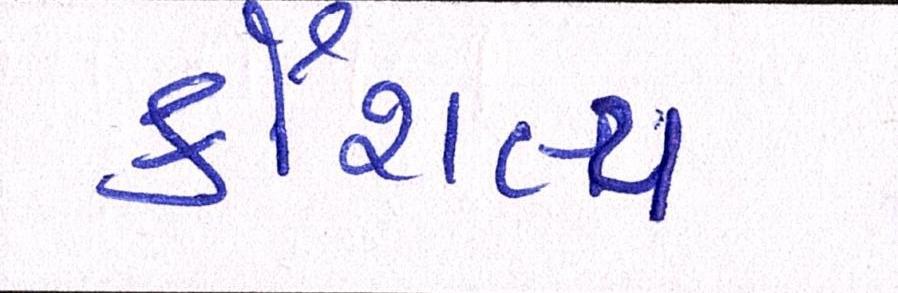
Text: કૌશલ્ય